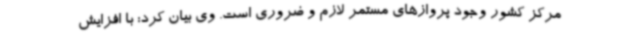
مرکز کشور وجود پروازهای مستمر لازم و ضروری است. وی بیان کرد: با افزایش